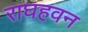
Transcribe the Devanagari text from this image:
राघहवन